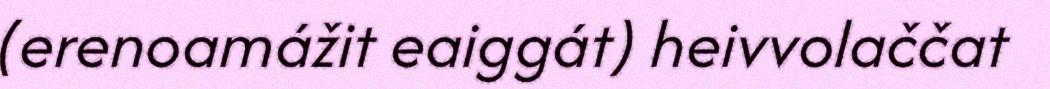
(erenoamážit eaiggát) heivvolaččat